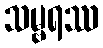
သမ္ဗရဿ